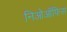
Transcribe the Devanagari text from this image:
निओऑफिस